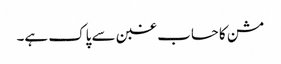
مشن کا حساب غبن سے پاک ہے۔